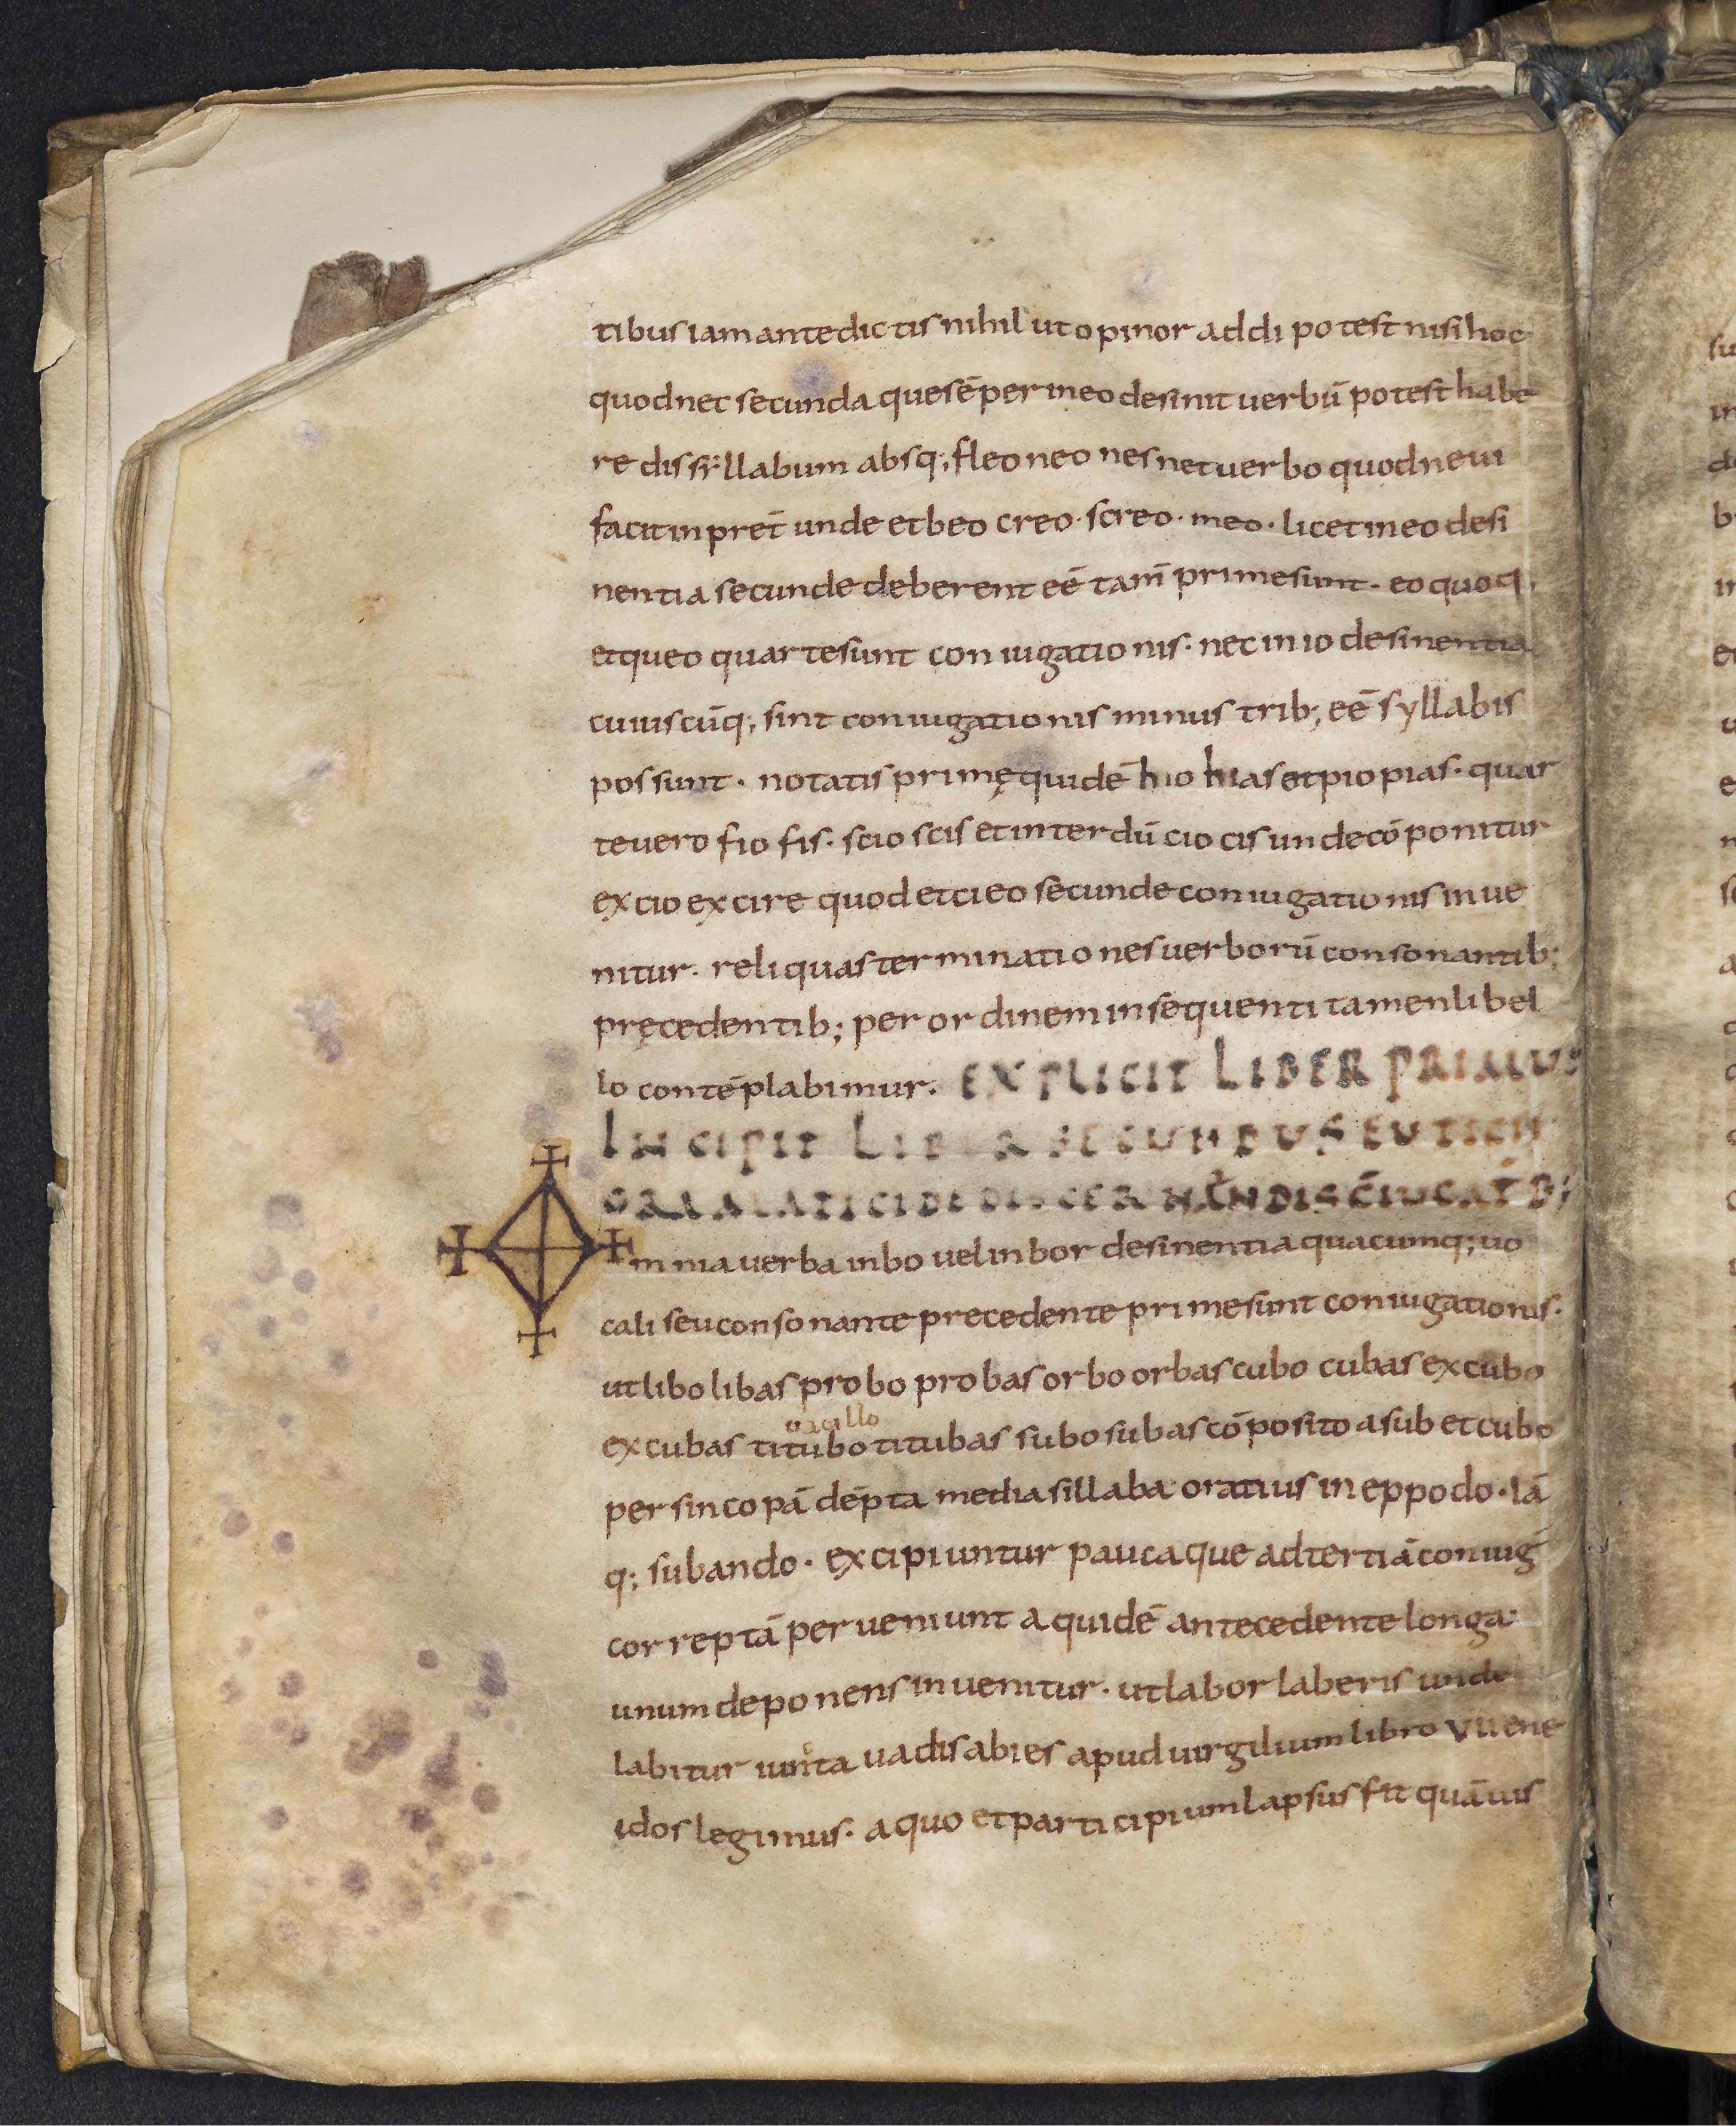
Shelfmark: Leiden, Bibliotheek der Rijksuniversiteit, Voss. Lat. O 41
Century: 9